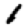
Digit: 1